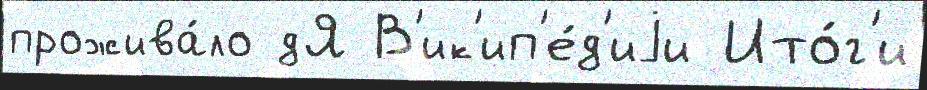
прожива́ло дЯ В'ик'ип'е́д'иjи Ито́г'и